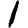
Digit: 1